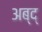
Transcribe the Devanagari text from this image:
अब्द्